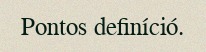
Pontos definíció.